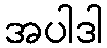
အပါဒါ